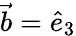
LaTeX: \vec{b}=\hat{e}_{3}